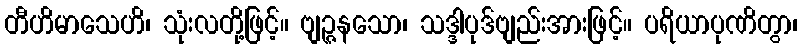
တီဟိမာသေဟိ၊ သုံးလတို့ဖြင့်။ ဗျဉ္ဇနသော၊ သဒ္ဒါပုဒ်ဗျည်းအားဖြင့်။ ပရိယာပုဏိတွာ၊